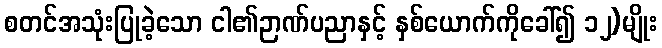
စတင်အသုံးပြုခဲ့သော ငါ၏ဉာဏ်ပညာနှင့် နှစ်ယောက်ကိုခေါ်၍ ၁၂)မျိုး